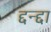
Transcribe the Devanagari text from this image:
द्दन्द्दा